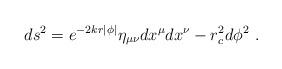
LaTeX: \begin{align*}ds^2 = e^{-2kr|\phi|} \eta_{\mu \nu} dx^{\mu} dx^{\nu} - r_c^2 d\phi^2~.\end{align*}